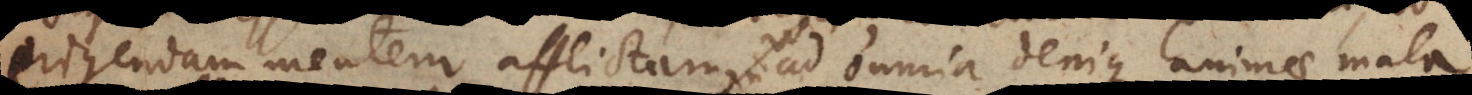
rigendam mentem afflictam, ad omnia denique animae mala